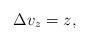
LaTeX: \begin{align*} \Delta v_z=z, \end{align*}